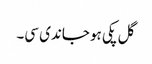
گل پکی ہو جاندی سی۔